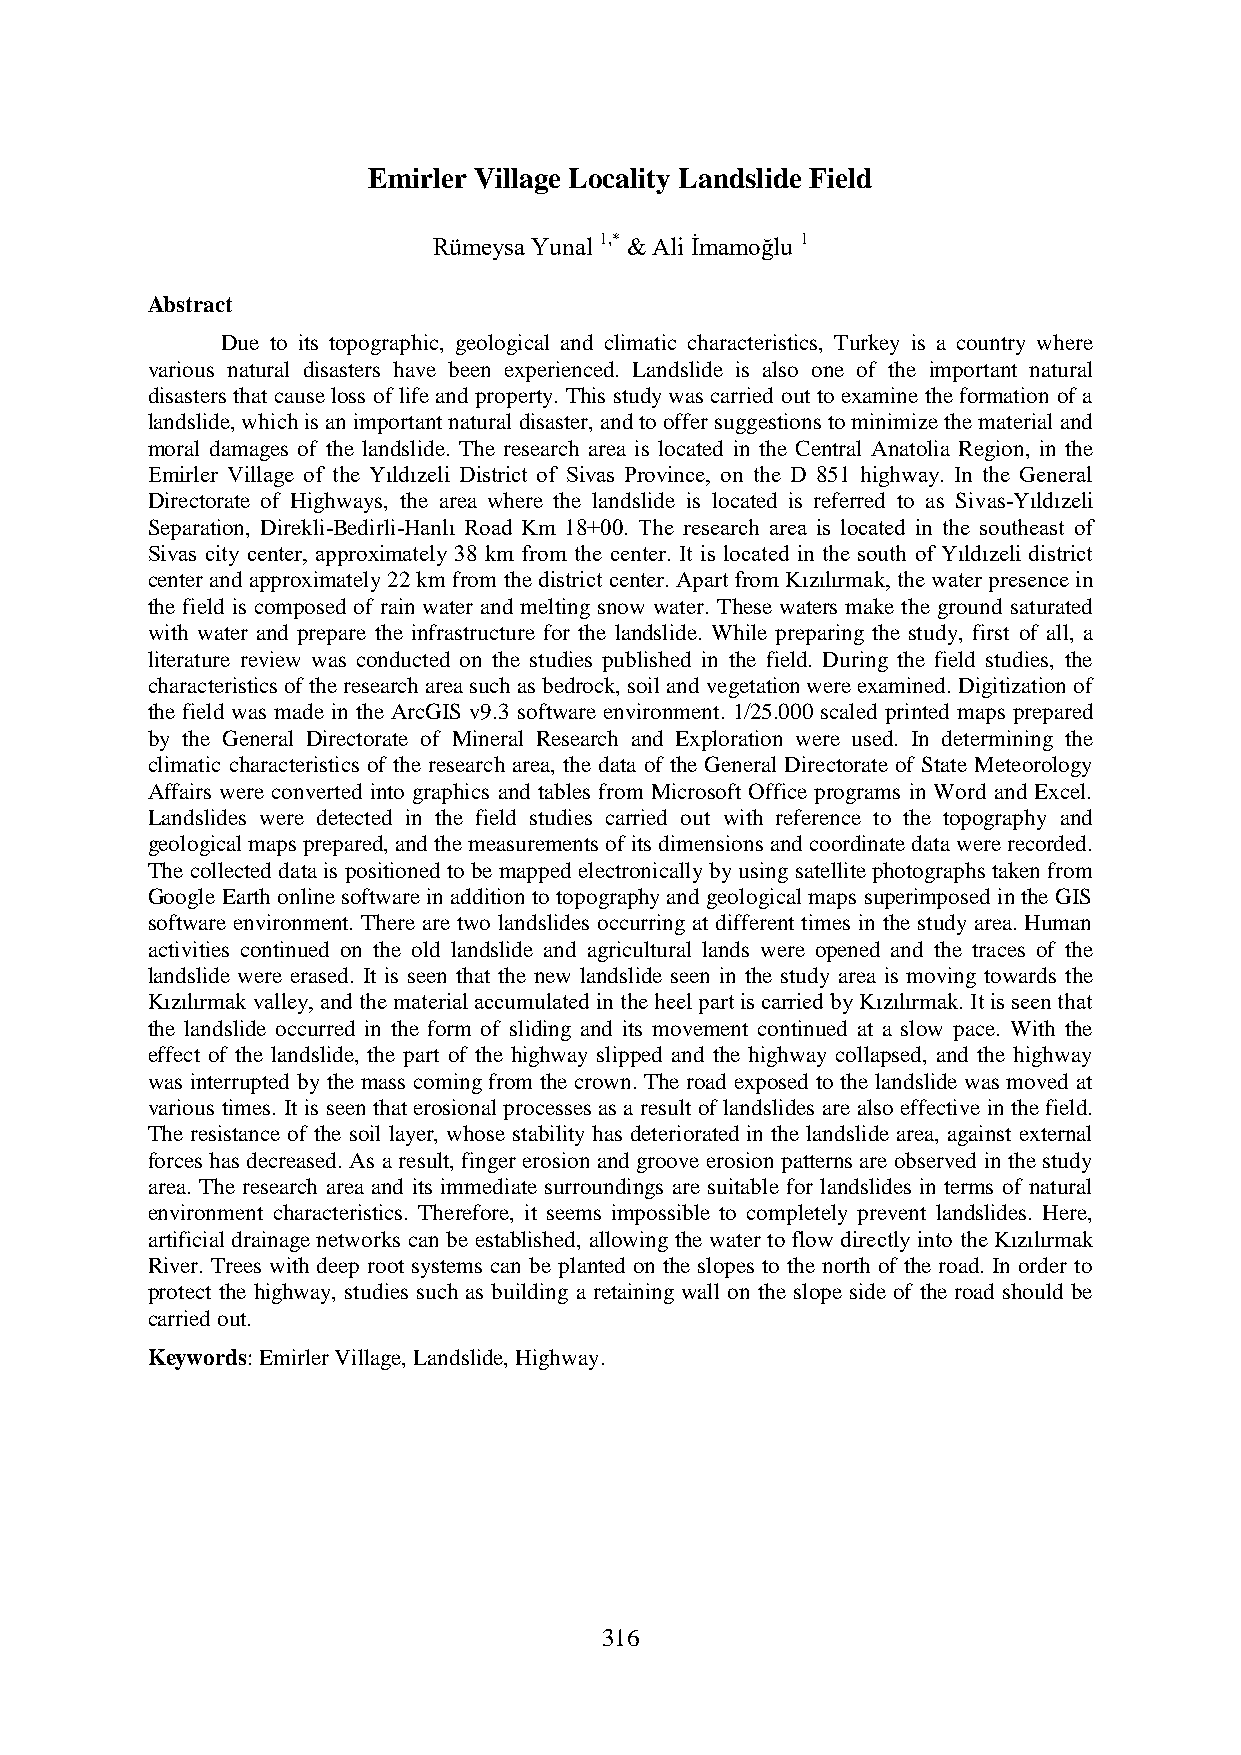
Emirler Village Locality Landslide Field
 Rümeysa Yunal 1,* & Ali İmamoğlu 1
 Abstract
 Due to its topographic, geological and climatic characteristics, Turkey is a country where
 various natural disasters have been experienced. Landslide is also one of the important natural
 disasters that cause loss of life and property. This study was carried out to examine the formation of a
 landslide, which is an important natural disaster, and to offer suggestions to minimize the material and
 moral damages of the landslide. The research area is located in the Central Anatolia Region, in the
 Emirler Village of the Yıldızeli District of Sivas Province, on the D 851 highway. In the General
 Directorate of Highways, the area where the landslide is located is referred to as Sivas-Yıldızeli
 Separation, Direkli-Bedirli-Hanlı Road Km 18+00. The research area is located in the southeast of
 Sivas city center, approximately 38 km from the center. It is located in the south of Yıldızeli district
 center and approximately 22 km from the district center. Apart from Kızılırmak, the water presence in
 the field is composed of rain water and melting snow water. These waters make the ground saturated
 with water and prepare the infrastructure for the landslide. While preparing the study, first of all, a
 literature review was conducted on the studies published in the field. During the field studies, the
 characteristics of the research area such as bedrock, soil and vegetation were examined. Digitization of
 the field was made in the ArcGIS v9.3 software environment. 1/25.000 scaled printed maps prepared
 by the General Directorate of Mineral Research and Exploration were used. In determining the
 climatic characteristics of the research area, the data of the General Directorate of State Meteorology
 Affairs were converted into graphics and tables from Microsoft Office programs in Word and Excel.
 Landslides were detected in the field studies carried out with reference to the topography and
 geological maps prepared, and the measurements of its dimensions and coordinate data were recorded.
 The collected data is positioned to be mapped electronically by using satellite photographs taken from
 Google Earth online software in addition to topography and geological maps superimposed in the GIS
 software environment. There are two landslides occurring at different times in the study area. Human
 activities continued on the old landslide and agricultural lands were opened and the traces of the
 landslide were erased. It is seen that the new landslide seen in the study area is moving towards the
 Kızılırmak valley, and the material accumulated in the heel part is carried by Kızılırmak. It is seen that
 the landslide occurred in the form of sliding and its movement continued at a slow pace. With the
 effect of the landslide, the part of the highway slipped and the highway collapsed, and the highway
 was interrupted by the mass coming from the crown. The road exposed to the landslide was moved at
 various times. It is seen that erosional processes as a result of landslides are also effective in the field.
 The resistance of the soil layer, whose stability has deteriorated in the landslide area, against external
 forces has decreased. As a result, finger erosion and groove erosion patterns are observed in the study
 area. The research area and its immediate surroundings are suitable for landslides in terms of natural
 environment characteristics. Therefore, it seems impossible to completely prevent landslides. Here,
 artificial drainage networks can be established, allowing the water to flow directly into the Kızılırmak
 River. Trees with deep root systems can be planted on the slopes to the north of the road. In order to
 protect the highway, studies such as building a retaining wall on the slope side of the road should be
 carried out.
 Keywords: Emirler Village, Landslide, Highway.
 316